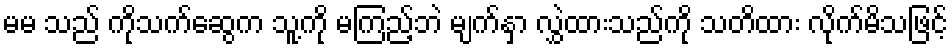
မမ သည် ကိုသက်ဆွေက သူ့ကို မကြည့်ဘဲ မျက်နှာ လွှဲထားသည်ကို သတိထား လိုက်မိသဖြင့်